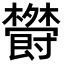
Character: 𣠵